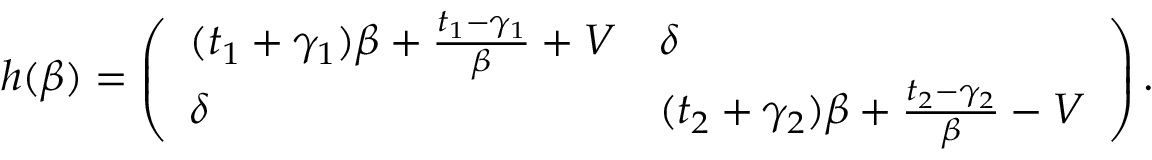
\begin{array} { r } { h ( \beta ) = \left( \begin{array} { l l } { ( t _ { 1 } + \gamma _ { 1 } ) \beta + \frac { t _ { 1 } - \gamma _ { 1 } } { \beta } + V } & { \delta } \\ { \delta } & { ( t _ { 2 } + \gamma _ { 2 } ) \beta + \frac { t _ { 2 } - \gamma _ { 2 } } { \beta } - V } \end{array} \right) . } \end{array}